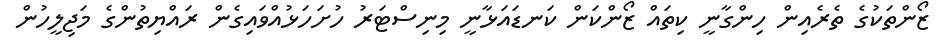
ޒޯންތަކުގެ ތެރެއިން ހިންގާނީ ކިތައް ޒޯންކަން ކަނޑައަޅާނީ މިނިސްޓަރު ހުށަހަޅުއްވައިގެން ރައްޔިތުންގެ މަޖިލީހުން